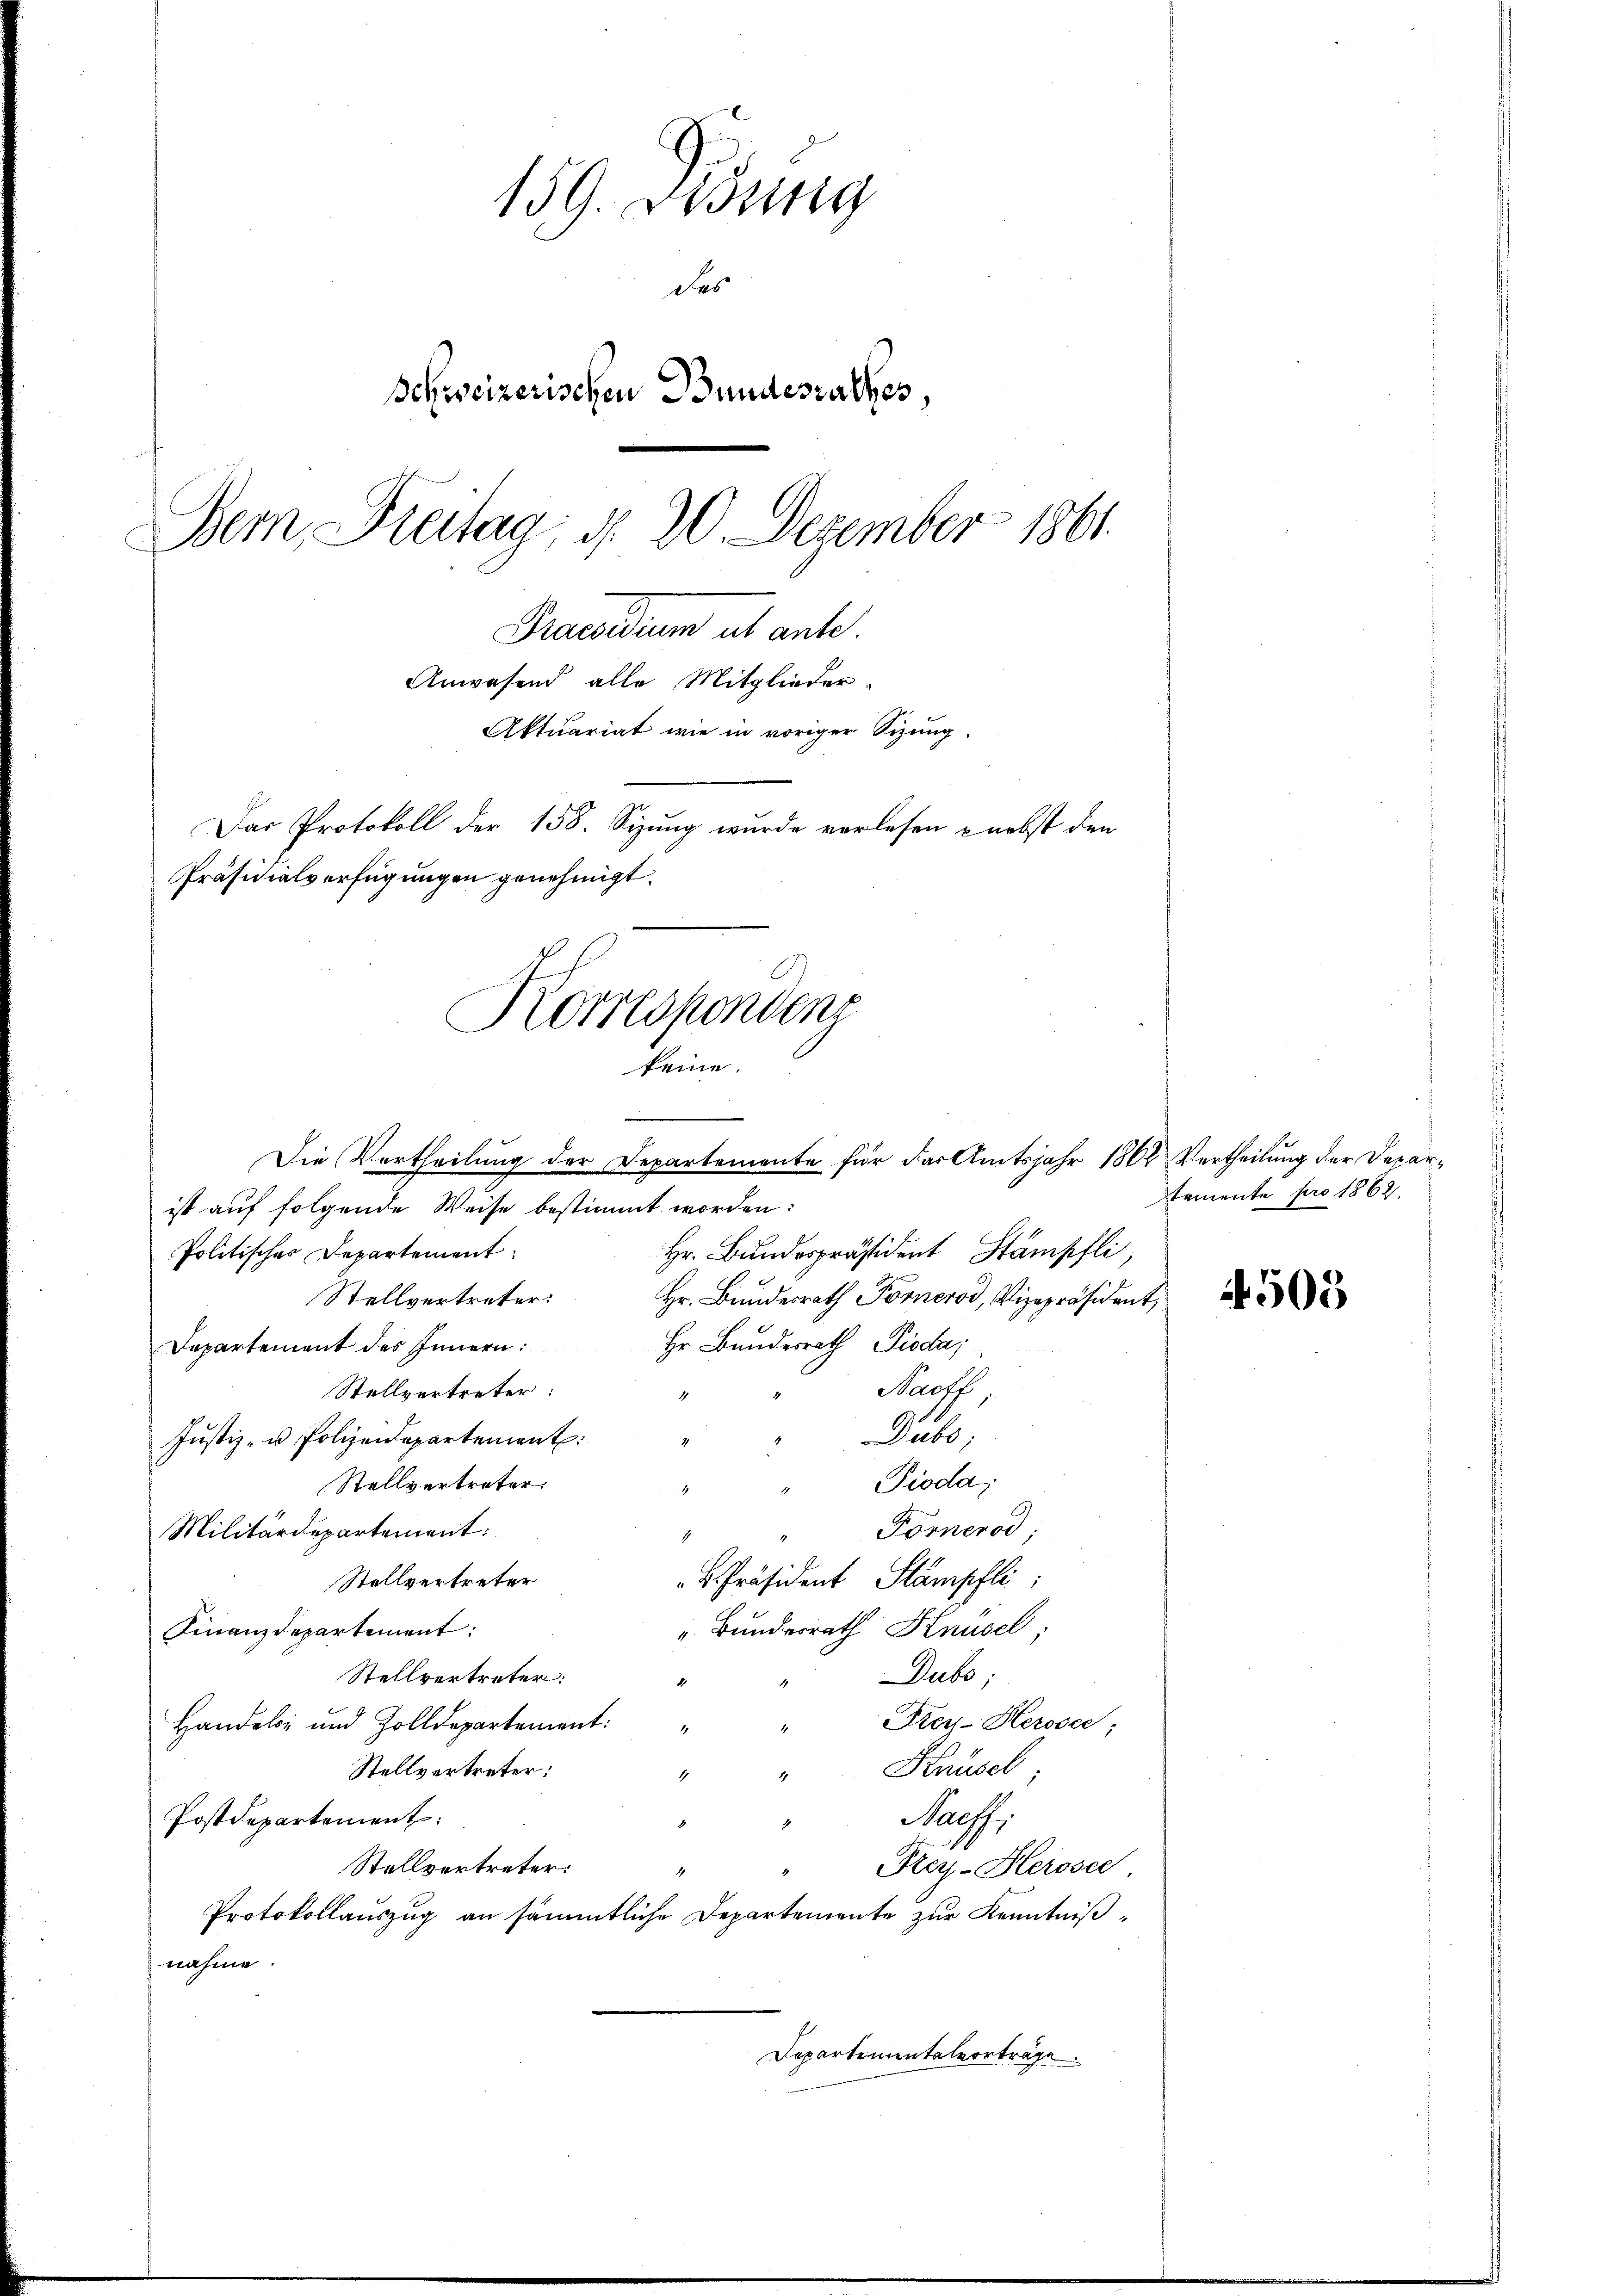
Korrespondenz
keine.

Die Vertheilung der Departemente für das Amtsjahr 1862 Vertheilung der Depar-

159. Disung
des
Schweizerischen Bundesrathes,
Bern, Freitag, d. 20. Dezember 1861.
Praedium ut ante
Anwesend alle Mitglieder.
Aktuariat wie in voriger Sizung.
Das Protokoll der 158. Sizung wurde verlesen - nebst den
Präsidialverfügungen genehmigt.

ist auf folgende Weise bestimmt worden:
Politisches Departement:
Hr. Bundespräsident Stämpfli,
Hr. Bundesrath Pörnerod, Vizepräsident,
Stellvertreter:
Hr. Bundesrath Pioda,
Departement des Innern:
Paoff,
Stellvertreter:
Diebs
Jŭstiz- u. Polizeidepartement.
Pioda;
Stellvertreter:
Fornerod;
Militärdepartement:
K. Präsident Stampfli
Stellvertreter
„Bundesrath Knüsel,
Finanzdepartement:
Dubs,
Stellvertreter:
Preis-Heroser,
Handel und Zolldepartement
Krüsel;
Stellvertreter:
1
Paeff,
Postdepartement:
Stellvertreter:
Rey-Herosee
Protokollauszug an sämmtliche Departemente zur Kenntnißnahme.
Departementalverträge

stemente pro 1862.

4505